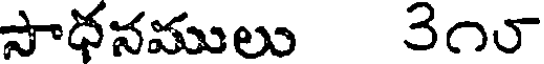
సాధనములు ౨౧౮